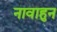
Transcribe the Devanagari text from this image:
नावाहुन